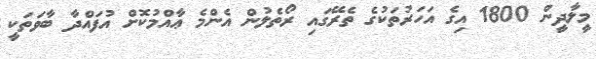
މީލާދީން 1800 އިގެ އަހަރުތަކުގެ ތެރޭގައި ރޯތެލުން އެންމެ ޢާއްމުކޮށް އުފައްދާ ބާވަތަކީ